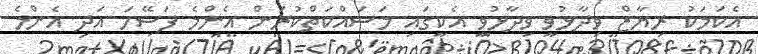
އެކަމަކު ރިޔާޒް ވިދާޅުވީ ވިދާޅުވީ އެކީގައި މަސައްކަތްކުރަން އެންމެ ފަސޭހަ އަދި އެންމެ